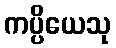
ကပ္ပိယေသု